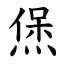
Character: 㷛